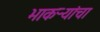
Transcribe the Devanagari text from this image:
भाकऱ्यांचा